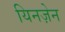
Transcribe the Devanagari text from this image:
यिनज़ेन